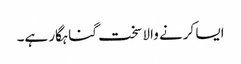
ایسا کرنے والا سخت گناہگار ہے۔